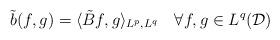
LaTeX: \begin{align*}\tilde{b}(f,g) = \langle \tilde{B}f,g\rangle_{L^p,L^q} \ \ \ \forall f,g \in L^q(\mathcal{D})\end{align*}